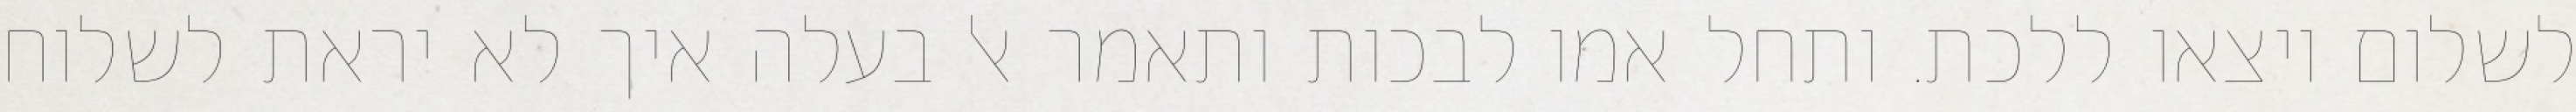
לשלום ויצאו ללכת. ותחל אמו לבכות ותאמר אל בעלה איך לא יראת לשלוח